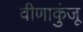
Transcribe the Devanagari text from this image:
वीणाकुंजू